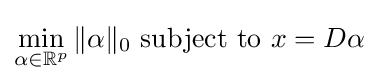
\min _{\alpha \in \mathbb {R} ^{p}}\|\alpha \|_{0}{\text{ subject to }}x=D\alpha